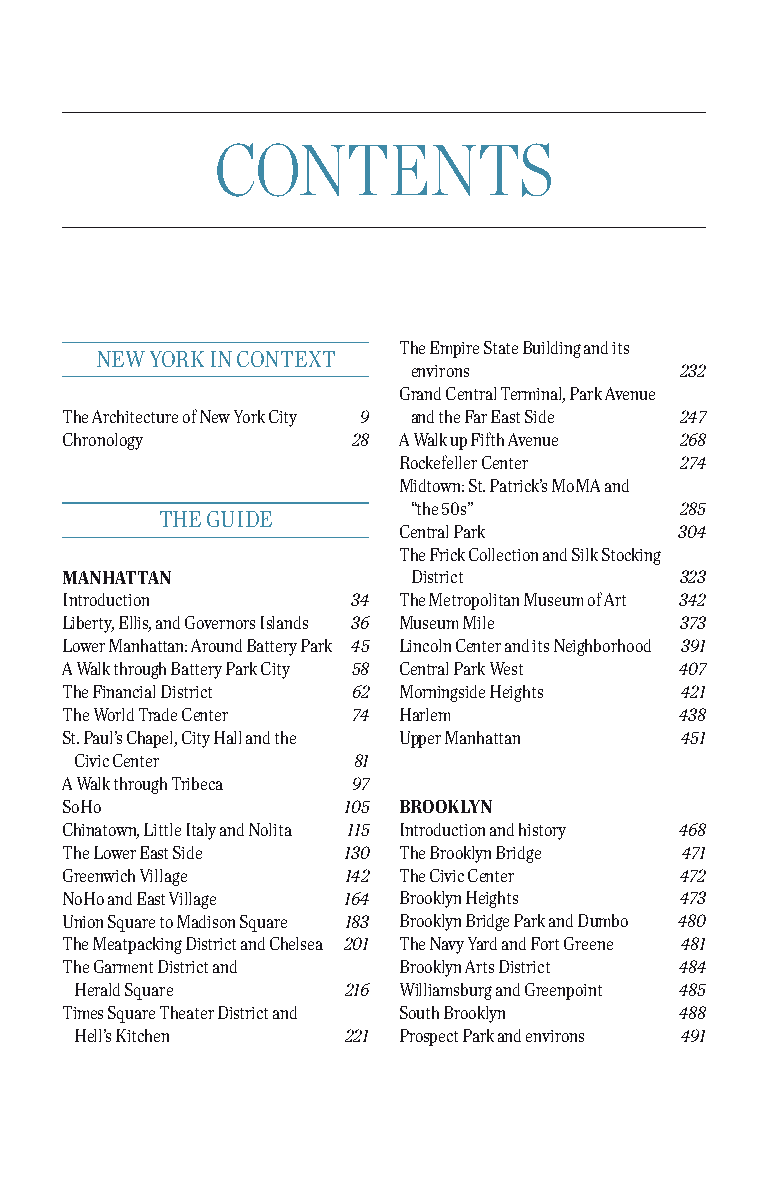
contents
 the empire State Building and its
 new york in context
 environs          232
 grand central terminal, Park Avenue
 the Architecture of new york city 9 and the Far east Side 247
 chronology         28 A walk up Fifth Avenue 268
 rockefeller center 274
 Midtown: St. Patrick’s MoMA and
 “the 50s”         285
 the guide
 central Park       304
 the Frick collection and Silk Stocking
 manhattan              district          323
 introduction       34 the Metropolitan Museum of Art 342
 Liberty, ellis, and governors islands 36 Museum Mile 373
 Lower Manhattan: Around Battery Park 45 Lincoln center and its neighborhood 391
 A walk through Battery Park city 58 central Park west 407
 the Financial district 62 Morningside heights 421
 the world trade center 74 harlem         438
 St. Paul’s chapel, city hall and the upper Manhattan 451
 civic center      81
 A walk through tribeca 97
 Soho               105 brooklyn
 chinatown, Little italy and nolita 115 introduction and history 468
 the Lower east Side 130 the Brooklyn Bridge 471
 greenwich Village  142 the civic center  472
 noho and east Village 164 Brooklyn heights 473
 union Square to Madison Square 183 Brooklyn Bridge Park and dumbo 480
 the Meatpacking district and chelsea 201 the navy yard and Fort greene 481
 the garment district and Brooklyn Arts district 484
 herald Square     216 williamsburg and greenpoint 485
 times Square theater district and South Brooklyn 488
 hell’s kitchen    221 Prospect Park and environs 491